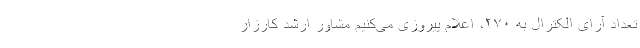
تعداد آرای الکترال به ۲۷۰، اعلام پیروزی می‌کنیم مشاور ارشد کارزار